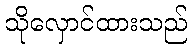
သိုလှောင်ထားသည်